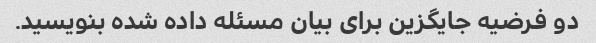
دو فرضیه جایگزین برای بیان مسئله داده شده بنویسید.